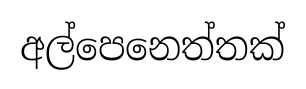
අල්පෙනෙත්තක්